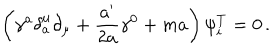
\left( \gamma ^ { a } \delta _ { a } ^ { \mu } \partial _ { \mu } + \frac { a ^ { \prime } } { 2 a } \gamma ^ { 0 } + m a \right) \psi _ { i } ^ { T } = 0 \, .